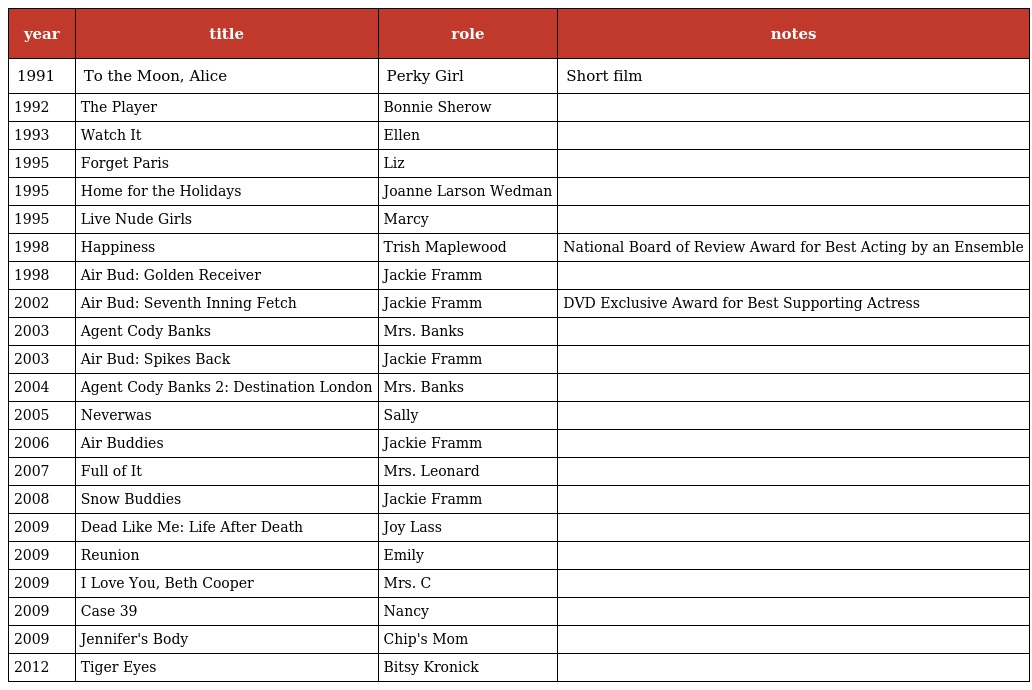
| year | title | role | notes |
 | --- | --- | --- | --- |
 | 1991 | To the Moon, Alice | Perky Girl | Short film |
 | 1992 | The Player | Bonnie Sherow |  |
 | 1993 | Watch It | Ellen |  |
 | 1995 | Forget Paris | Liz |  |
 | 1995 | Home for the Holidays | Joanne Larson Wedman |  |
 | 1995 | Live Nude Girls | Marcy |  |
 | 1998 | Happiness | Trish Maplewood | National Board of Review Award for Best Acting by an Ensemble |
 | 1998 | Air Bud: Golden Receiver | Jackie Framm |  |
 | 2002 | Air Bud: Seventh Inning Fetch | Jackie Framm | DVD Exclusive Award for Best Supporting Actress |
 | 2003 | Agent Cody Banks | Mrs. Banks |  |
 | 2003 | Air Bud: Spikes Back | Jackie Framm |  |
 | 2004 | Agent Cody Banks 2: Destination London | Mrs. Banks |  |
 | 2005 | Neverwas | Sally |  |
 | 2006 | Air Buddies | Jackie Framm |  |
 | 2007 | Full of It | Mrs. Leonard |  |
 | 2008 | Snow Buddies | Jackie Framm |  |
 | 2009 | Dead Like Me: Life After Death | Joy Lass |  |
 | 2009 | Reunion | Emily |  |
 | 2009 | I Love You, Beth Cooper | Mrs. C |  |
 | 2009 | Case 39 | Nancy |  |
 | 2009 | Jennifer's Body | Chip's Mom |  |
 | 2012 | Tiger Eyes | Bitsy Kronick |  |